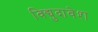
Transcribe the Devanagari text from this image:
विद्युदावेश